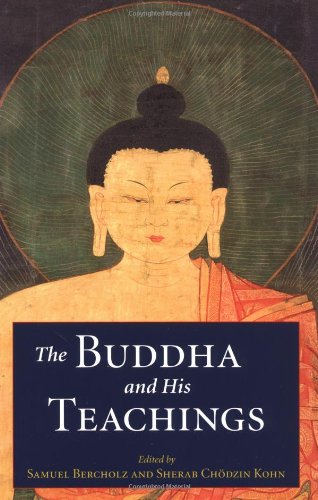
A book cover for The Buddha and His Teachings; Religion & Spirituality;